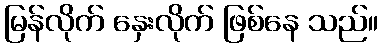
မြန်လိုက် နှေးလိုက် ဖြစ်နေ သည်။